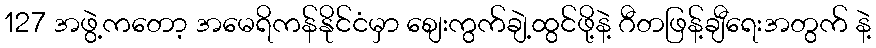
127 အဖွဲ့ကတော့ အမေရိကန်နိုင်ငံမှာ စျေးကွက်ချဲ့ထွင်ဖို့နဲ့ ဂီတဖြန့်ချီရေးအတွက် နဲ့